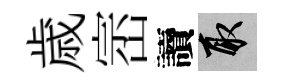
歳崈讀取